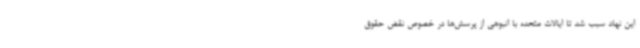
این نهاد سبب شد تا ایالات متحده با انبوهی از پرسش‌ها در خصوص نقض حقوق